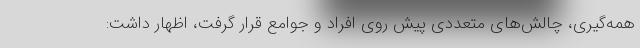
همه‌گیری، چالش‌های متعددی پیش روی افراد و جوامع قرار گرفت، اظهار داشت: